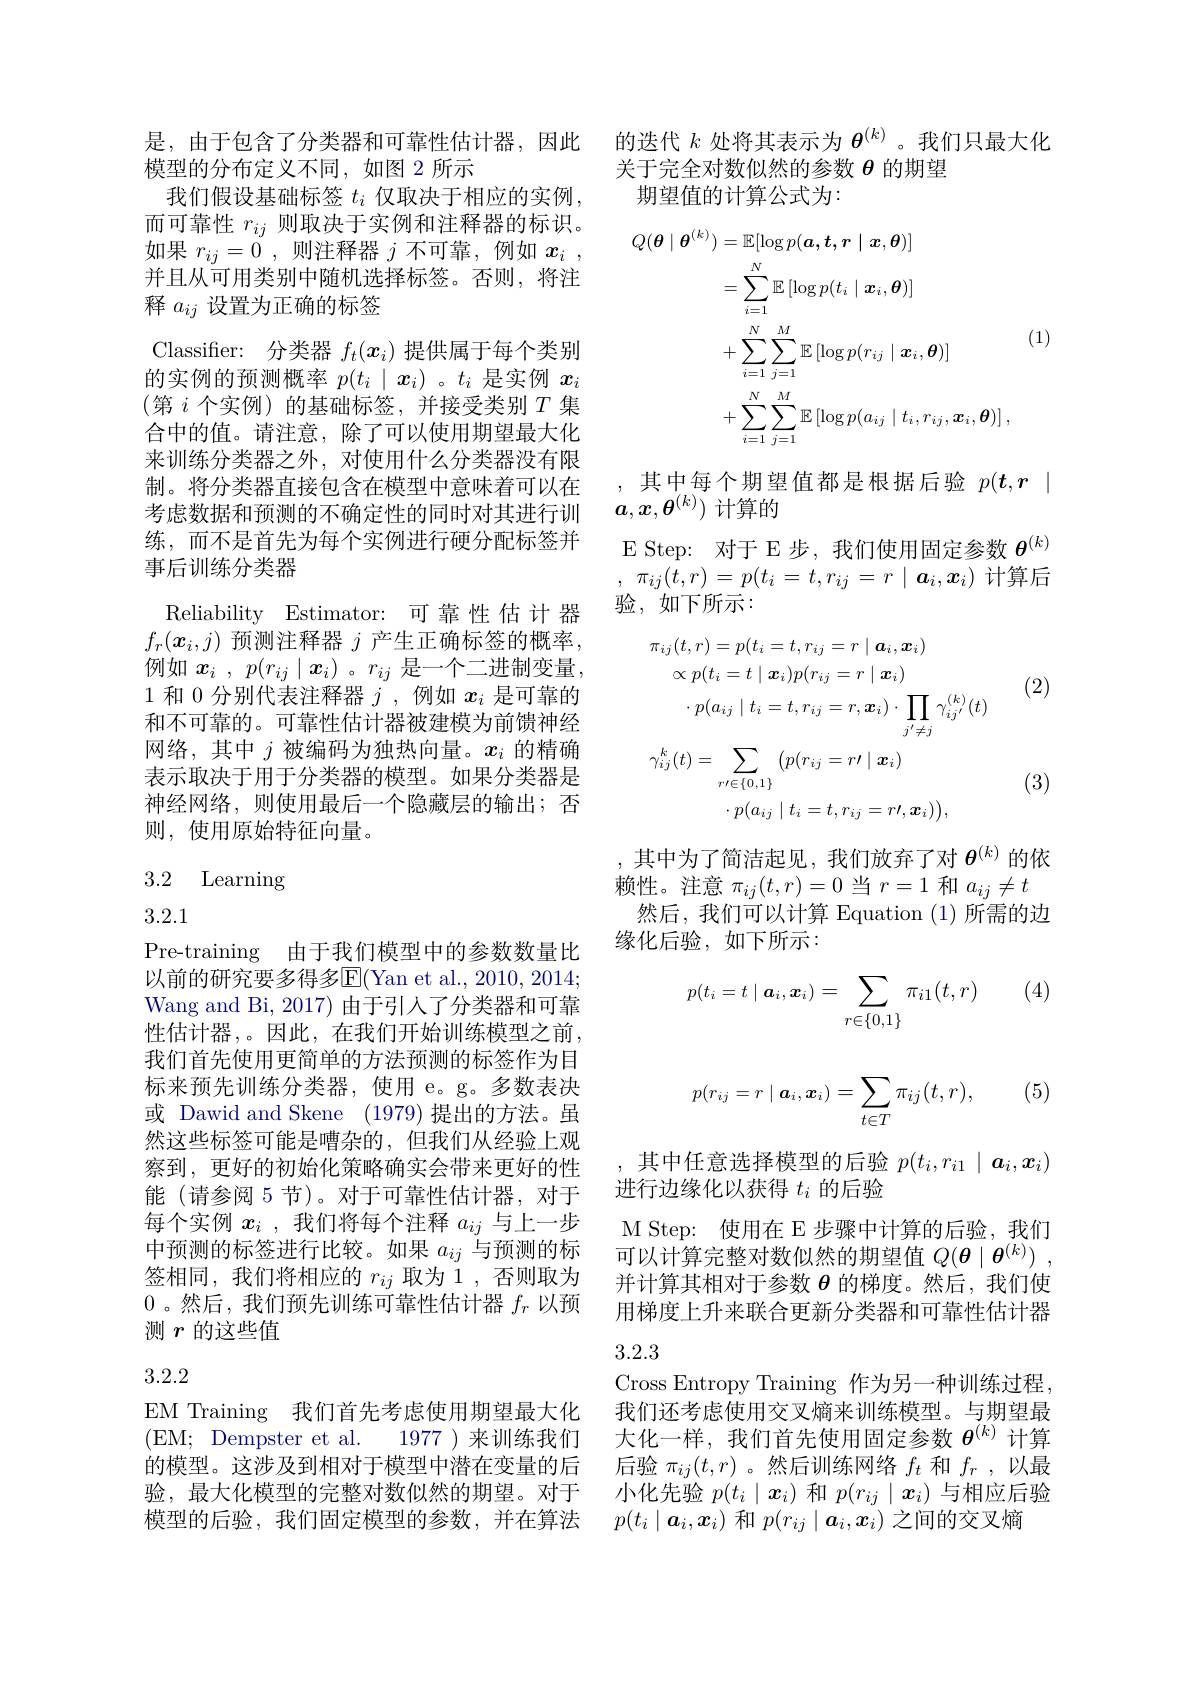
是，由于包含了分类器和可靠性估计器，因此
模型的分布定义不同，如图 2 所示
我们假设基础标签$t_i$仅取决于相应的实例， 而可靠性$r_ij$则取决于实例和注释器的标识。如果$r_ij=0$,则注释器$j$不可靠，例如$x_i$, 并且从可用类别中随机选择标签。否则，将注释$a_{ij}$设置为正确的标签
Classifer: 分类器$f_t(x_i)$提供属于每个类别的实例的预测概率$p(t_i\mid x_i)$ 。$t_i$是实例$x_i$ (第$i$个实例)的基础标签，并接受类别$T$集合中的值。请注意，除了可以使用期望最大化来训练分类器之外，对使用什么分类器没有限制。将分类器直接包含在模型中意味着可以在 ,其中每个期望值都是根据后验 $p( t, r$ |考虑数据和预测的不确定性的同时对其进行训 $\begin{array}{cc}a,x,\boldsymbol{\theta}^{(k)})\text{ 计算的}\end{array}$
练，而不是首先为每个实例进行硬分配标签并
事后训练分类器
Reliability Estimator: 可靠性估计器$f_r(\boldsymbol{x}_i,j)$预测注释器$j$产生正确标签的概率， 例如$\boldsymbol{x}_i$ , $p( r_{ij}\mid \boldsymbol{x}_i)$ 。$r_ij$是一个二进制变量， 1 和 0 分别代表注释器$j$ ,例如$x_i$是可靠的和不可靠的。可靠性估计器被建模为前馈神经网络，其中$j$被编码为独热向量。$x_i$的精确表示取决于用于分类器的模型。如果分类器是神经网络，则使用最后一个隐藏层的输出；否则，使用原始特征向量。

## 3.2 Learning

3.2.1
Pre-training 由于我们模型中的参数数量比以前的研究要多得多$\overline{\mathrm{E}}($Yan et al., 2010, 2014; Wang and Bi, 2017) 由于引人了分类器和可靠性估计器，。因此，在我们开始训练模型之前， 我们首先使用更简单的方法预测的标签作为目标来预先训练分类器，使用 e。g。多数表决或 Dawid and Skene (1979) 提出的方法。虽然这些标签可能是嘈杂的，但我们从经验上观察到，更好的初始化策略确实会带来更好的性能(请参阅 5节)。对于可靠性估计器，对于每个实例$x_i$ ,我们将每个注释$a_{ij}$与上一步中预测的标签进行比较。如果$a_{ij}$与预测的标签相同，我们将相应的$r_ij$取为 1,否则取为0。然后，我们预先训练可靠性估计器$f_r$以预测$r$的这些值

## 3.2.2

EM Training 我们首先考虑使用期望最大化(EM; Dempster et al. 1977 )来训练我们的模型。这涉及到相对于模型中潜在变量的后验，最大化模型的完整对数似然的期望。对于模型的后验，我们固定模型的参数，并在算法

的迭代$k$处将其表示为$\theta^{(k)}$。我们只最大化
关于完全对数似然的参数$\theta$的期望
期望值的计算公式为：
$$\begin{aligned}Q(\boldsymbol{\theta}\mid\boldsymbol{\theta}^{(k)})&=\mathbb{E}[\log p(\boldsymbol{a},\boldsymbol{t},\boldsymbol{r}\mid\boldsymbol{x},\boldsymbol{\theta})]\\&=\sum_{i=1}^N\mathbb{E}\left[\log p(t_i\mid\boldsymbol{x}_i,\boldsymbol{\theta})\right]\\&&\text{(1)}\\&+\sum_{i=1}^{N}\sum_{j=1}^{M}\mathbb{E}\left[\log p(r_{ij}\mid\boldsymbol{x}_{i},\boldsymbol{\theta})\right]\\&+\sum_{i=1}^{N}\sum_{j=1}^{M}\mathbb{E}\left[\log p(a_{ij}\mid t_{i},r_{ij},\boldsymbol{x}_{i},\boldsymbol{\theta})\right],\end{aligned}$$
E Step: 对于 E步，我们使用固定参数$\theta^{(k)}$ , $\pi _{ij}( t, r) = p( t_{i}= t, r_{ij}= r\mid \boldsymbol{a}_{i}, x_{i})$计算后验，如下所示：

(2)
$$\pi_{ij}(t,r)=p(t_{i}=t,r_{ij}=r\mid\boldsymbol{a}_{i},\boldsymbol{x}_{i})\\\propto p(t_{i}=t\mid\boldsymbol{x}_{i})p(r_{ij}=r\mid\boldsymbol{x}_{i})\\\cdot p(a_{ij}\mid t_{i}=t,r_{ij}=r,\boldsymbol{x}_{i})\cdot\prod_{j^{\prime}\neq j}\gamma_{ij^{\prime}}^{(k)}(t)\\\gamma_{ij}^{k}(t)=\sum_{r\prime\in\{0,1\}}\left(p(r_{ij}=r\prime\mid\boldsymbol{x}_{i})\right.\\\cdot p(a_{ij}\mid t_{i}=t,r_{ij}=r\prime,\boldsymbol{x}_{i})\Big),$$
(3)

,其中为了简洁起见，我们放弃了对$\theta^{(k)}$的依赖性。注意$\pi_ij(t,r)=0$当$r=1$和$a_ij\neq t$
然后，我们可以计算 Equation (1)所需的边
缘化后验，如下所示：

(4)
$$p(t_i=t\mid\boldsymbol{a}_i,\boldsymbol{x}_i)=\sum_{r\in\{0,1\}}\pi_{i1}(t,r)$$
(5)
$$p(r_{ij}=r\mid\boldsymbol{a}_i,\boldsymbol{x}_i)=\sum_{t\in T}\pi_{ij}(t,r),$$
,其中任意选择模型的后验$p(t_i,r_{i1}\mid\boldsymbol{a}_i,\boldsymbol{x}_i)$

进行边缘化以获得$t_i$的后验

M Step: 使用在 E 步骤中计算的后验，我们可以计算完整对数似然的期望值$Q( \boldsymbol{\theta }\mid \boldsymbol{\theta }^{( k) })$ ,

并计算其相对于参数$\theta$的梯度。然后，我们使用梯度上升来联合更新分类器和可靠性估计器

## 3.2.3

Cross Entropy Training 作为另一种训练过程， 我们还考虑使用交叉熵来训练模型。与期望最大化一样，我们首先使用固定参数$\theta^{(k)}$计算后验$\pi_{ij}(t,r)$ 。然后训练网络$f_t$和$f_r$ ,以最小化先验$p(t_i\mid\boldsymbol{x}_i)$和$p(r_{ij}\mid\boldsymbol{x}_i)$与相应后验$p(t_i\mid\boldsymbol{a}_i,\boldsymbol{x}_i)$和$p(r_ij\mid\boldsymbol{a}_i,\boldsymbol{x}_i)$之间的交叉熵